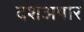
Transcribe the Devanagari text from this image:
दशअषार